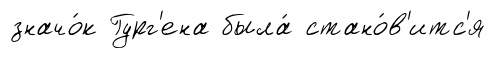
значо́к Гург'ена была́ стано́в'итс'я